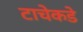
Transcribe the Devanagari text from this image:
टाचेकडे